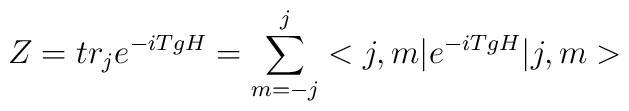
Z = tr_j e^{- i T g H}= \sum_{m = - j}^j <j, m| e^{- i T g H} |j, m>